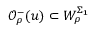
\mathcal { O } _ { \rho } ^ { - } ( u ) \subset W _ { \rho } ^ { \Sigma _ { 1 } }